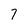
Character: 7